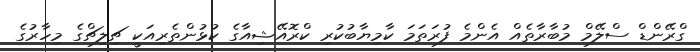
ގްރޭންޑް ސްލޭމް މުބާރާތެއް އެންމެ ފުރަތަމަ ކާމިޔާބުކުރި ކްރޮއޭޝިއާގެ ކުޅުންތެރިއަކީ ޗިލިޗްގެ މިހާރުގެ